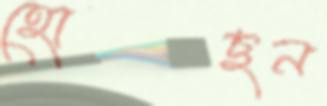
হোছন